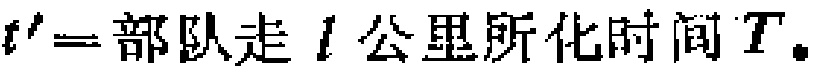
$t' = 部队走\ l\ 公里所化时间\ T。$